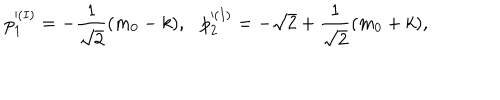
p _ { 1 } ^ { ( I ) } = - \frac { 1 } { \sqrt { 2 } } ( m _ { 0 } - k ) , p _ { 2 } ^ { ( I ) } = - \sqrt { 2 } + \frac { 1 } { \sqrt { 2 } } ( m _ { 0 } + k ) ,